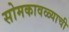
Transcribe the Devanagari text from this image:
सोमकावळ्याची